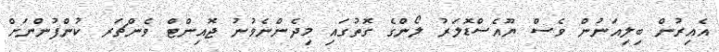
އެއިރުން ބިލިއަނުން ވެސް ޔޫއެސްޑޮލަރު ލޯންގެ ގޮތުގައި މިދެންނެވުނު ޖޮއިންޓް ވެންޗަރ ކުންފުންނަށް